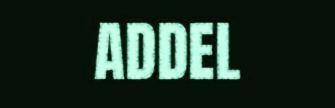
ADDEL